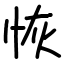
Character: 恢